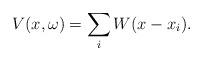
LaTeX: \begin{align*} V(x,\omega)=\sum_i W(x-x_i). \end{align*}